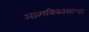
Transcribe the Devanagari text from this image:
आत्मविकासाचा